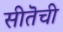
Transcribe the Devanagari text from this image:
सीतॆची